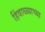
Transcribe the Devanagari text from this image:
हिंवाळ्याच्या